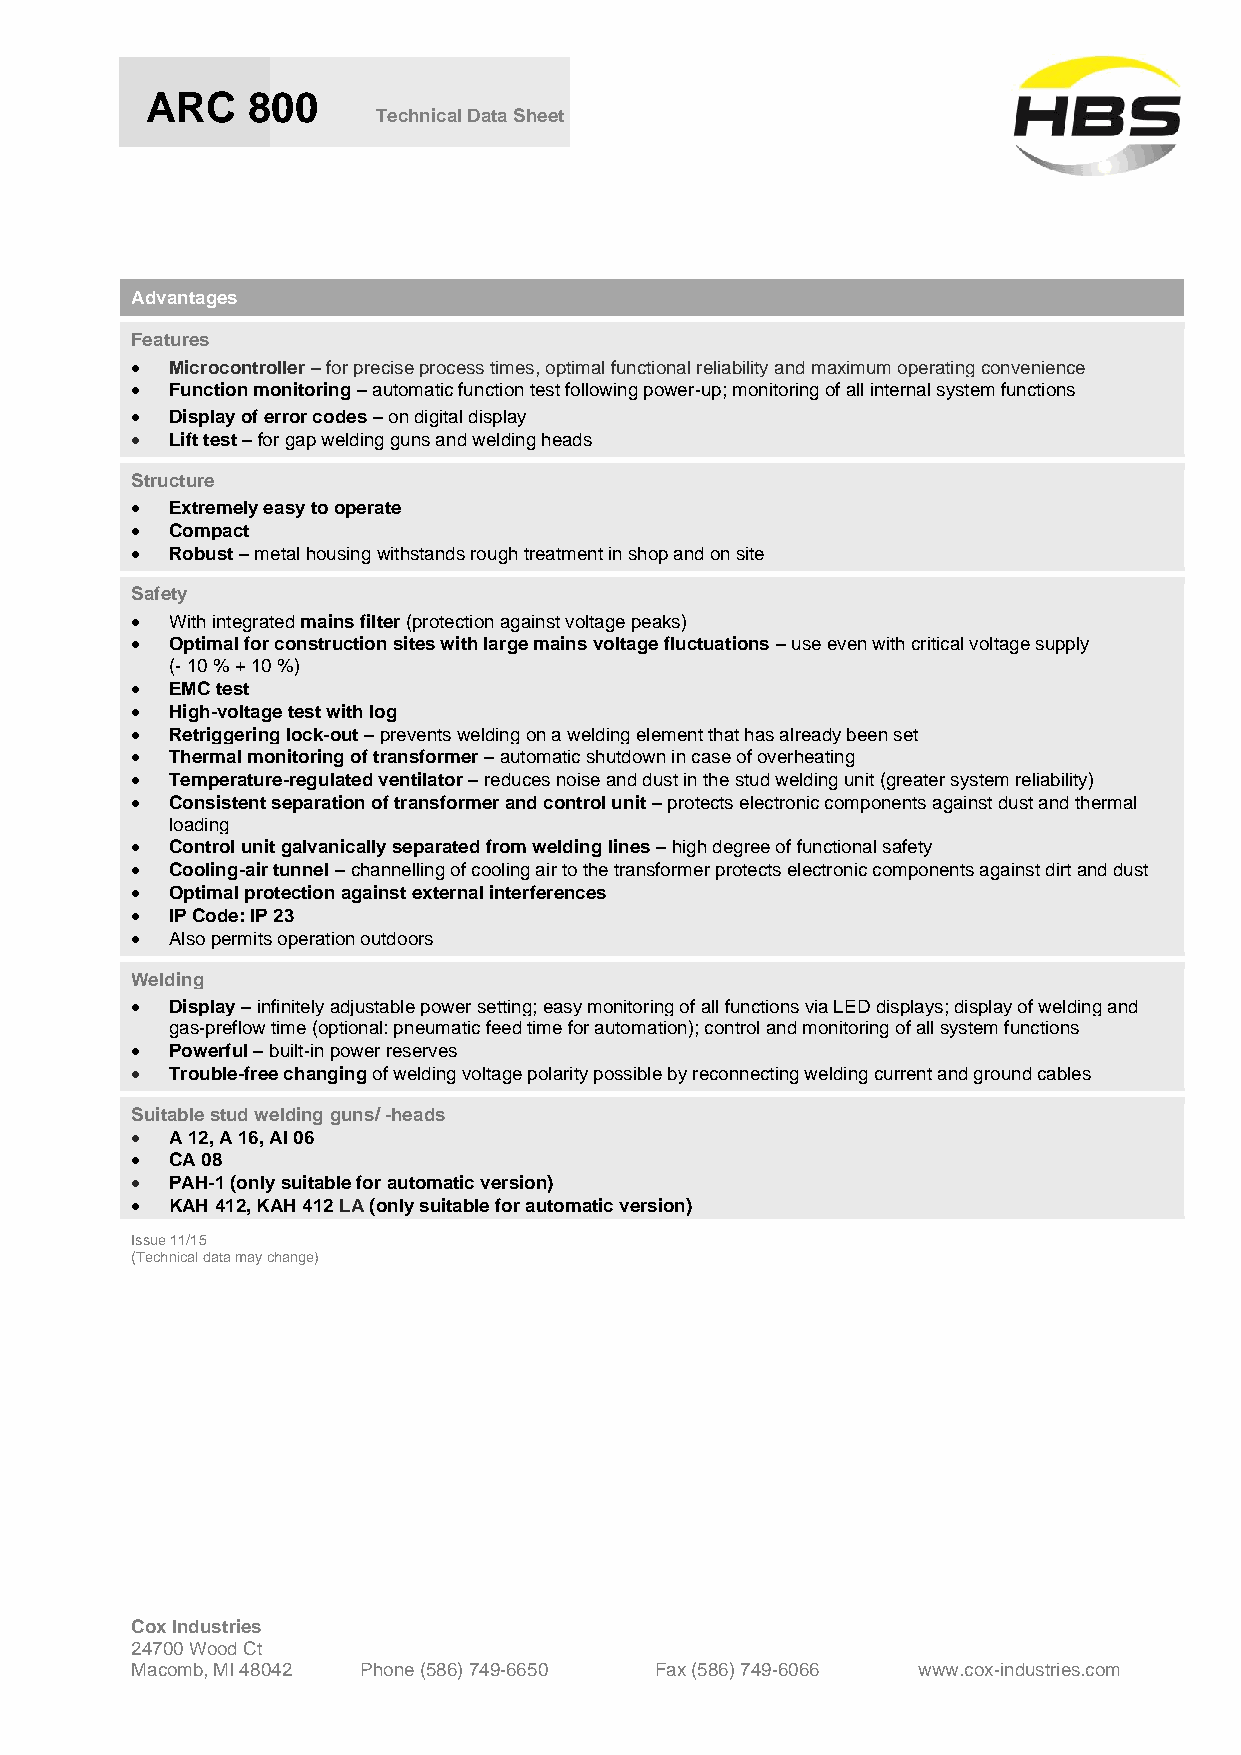
ARC   800
 Technical Data Sheet
 Advantages
 Features
 • Microcontroller – for precise process times, optimal functional reliability and maximum operating convenience
 • Function monitoring – automatic function test following power-up; monitoring of all internal system functions
 • Display of error codes – on digital display
 • Lift test – for gap welding guns and welding heads
 Structure
 • Extremely easy to operate
 • Compact
 • Robust – metal housing withstands rough treatment in shop and on site
 Safety
 • With integrated mains filter (protection against voltage peaks)
 • Optimal for construction sites with large mains voltage fluctuations – use even with critical voltage supply
 (- 10 % + 10 %)
 • EMC test
 • High-voltage test with log
 • Retriggering lock-out – prevents welding on a welding element that has already been set
 • Thermal monitoring of transformer – automatic shutdown in case of overheating
 • Temperature-regulated ventilator – reduces noise and dust in the stud welding unit (greater system reliability)
 • Consistent separation of transformer and control unit – protects electronic components against dust and thermal
 loading
 • Control unit galvanically separated from welding lines – high degree of functional safety
 • Cooling-air tunnel – channelling of cooling air to the transformer protects electronic components against dirt and dust
 • Optimal protection against external interferences
 • IP Code: IP 23
 • Also permits operation outdoors
 Welding
 • Display – infinitely adjustable power setting; easy monitoring of all functions via LED displays; display of welding and
 gas-preflow time (optional: pneumatic feed time for automation); control and monitoring of all system functions
 • Powerful – built-in power reserves
 • Trouble-free changing of welding voltage polarity possible by reconnecting welding current and ground cables
 Suitable stud welding guns/ -heads
 • A 12, A 16, AI 06
 • CA 08
 • PAH-1 (only suitable for automatic version)
 • KAH 412, KAH 412 LA (only suitable for automatic version)
 Issue 11/15
 (Technical data may change)
 Cox Industries
 24700 Wood Ct
 Macomb, MI 48042 Phone (586) 749-6650 Fax (586) 749-6066 www.cox-industries.com